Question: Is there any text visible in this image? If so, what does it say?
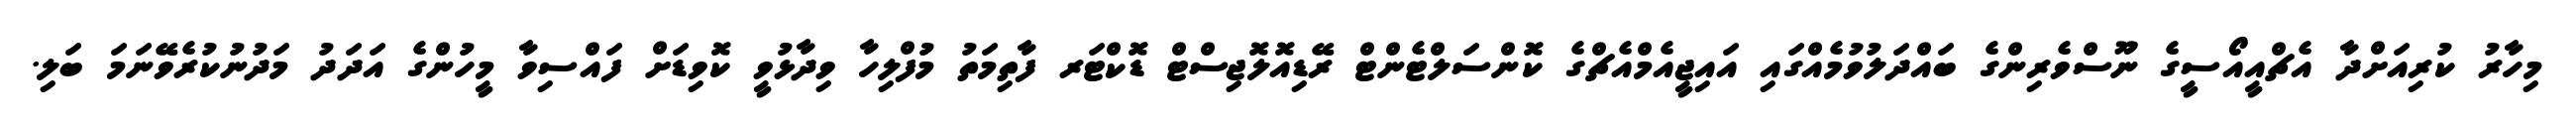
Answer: މިހާރު ކުރިއަށްދާ އެޗްއީއޯސީގެ ނޫސްވެރިންގެ ބައްދަލުވުމެއްގައި އައިޖީއެމްއެޗްގެ ކޮންސަލްޓެންޓް ރޭޑިއޮލޮޖިސްޓް ޑޮކްޓަރ ފާތިމަތު މުފްލިހާ ވިދާޅުވީ ކޮވިޑަށް ފައްސިވާ މީހުންގެ އަދަދު މަދުނުކުރެވޭނަމަ ބަލި.